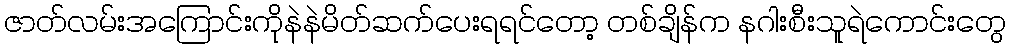
ဇာတ်လမ်းအကြောင်းကိုနဲနဲမိတ်ဆက်ပေးရရင်တော့ တစ်ချိန်က နဂါးစီးသူရဲကောင်းတွေ